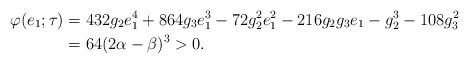
LaTeX: \begin{align*}\varphi(e_{1};\tau) & =432g_{2}e_{1}^{4}+864g_{3}e_{1}^{3}-72g_{2}^{2}e_{1}^{2}-216g_{2}g_{3}e_{1}-g_{2}^{3}-108g_{3}^{2}\\& =64(2\alpha-\beta)^{3}>0.\end{align*}